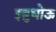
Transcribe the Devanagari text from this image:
इबुधोऊ